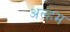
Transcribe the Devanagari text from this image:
अल्हम